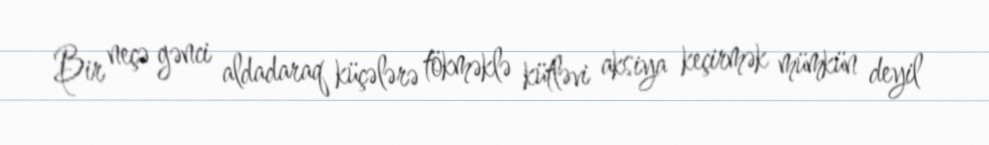
Bir neçə gənci aldadaraq küçələrə tökməklə kütləvi aksiya keçirmək mümkün deyil